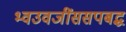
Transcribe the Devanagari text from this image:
भ्वउवजींससपबद्ध